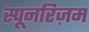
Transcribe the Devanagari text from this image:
स्पूनरिज़म